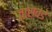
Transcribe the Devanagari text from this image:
तासवडे